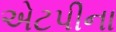
એટપીના